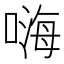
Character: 嗨